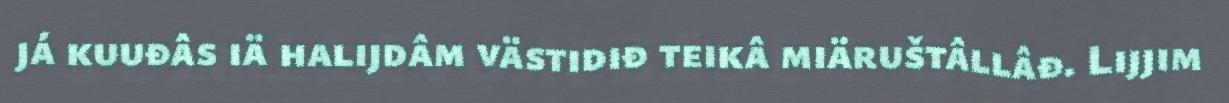
já kuuđâs iä halijdâm västidiđ teikâ miäruštâllâđ. Lijjim